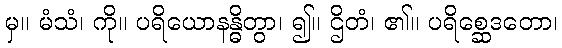
မှ။ မံသံ၊ ကို။ ပရိယောနန္ဓိတွာ၊ ၍။ ဌိတံ၊ ၏။ ပရိစ္ဆေဒတော၊